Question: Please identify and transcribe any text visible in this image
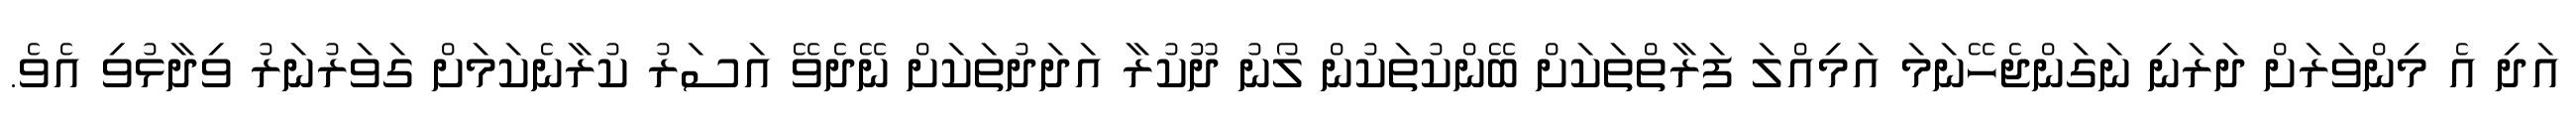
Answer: އަދި އެ މިންވަރަށް ދަރަނި ނަގަންޖެހޭނަމަ އަމިއްލަ ފަރާތްތަކަށް ބޭންކުތަކުން ލޯނު ދޫކުރާ އަދަދުތަކަށް ނޭދެވޭ އަސަރު ކުރާނެކަމަށް ގަވަރުނަރު ވިދާޅުވި އެވެ.